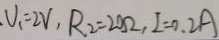
V _ { 1 } = 2 V , R _ { 2 } = 2 0 \Omega , I = 0 . 2 A